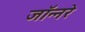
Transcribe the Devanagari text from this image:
जॉन्नरे